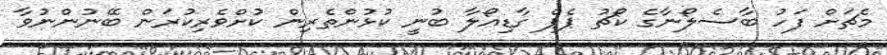
މެޗަށް ފަހު ބާސެލޯނާގެ ކޯޗު ޕެޕް ގާޑިއޯލާ ބުނީ ކުޅުންތެރިން ކުށްވެރިކުރަން ބޭނުންނުވާ